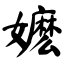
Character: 嬷